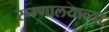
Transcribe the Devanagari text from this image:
रूग्णालयाच्या